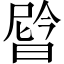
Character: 𬁉